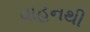
વાહનથી